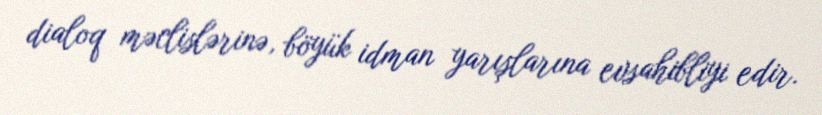
dialoq məclislərinə, böyük idman yarışlarına evsahibliyi edir.